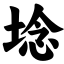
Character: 埝